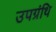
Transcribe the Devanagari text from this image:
उपग्रंथि